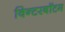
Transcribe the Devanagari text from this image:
विन्टरबॉटम